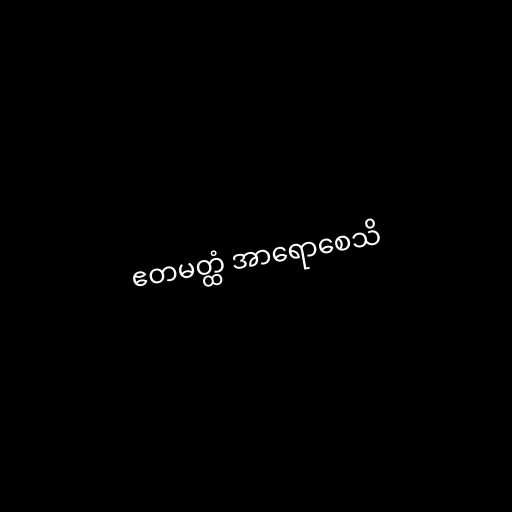
ဧတမတ္ထံ အာရောစေသိ